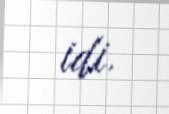
idi.